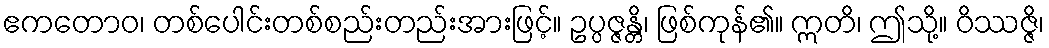
ဧကတောဝ၊ တစ်ပေါင်းတစ်စည်းတည်းအားဖြင့်။ ဥပ္ပဇ္ဇန္တိ၊ ဖြစ်ကုန်၏။ ဣတိ၊ ဤသို့။ ဝိဿဇ္ဇိ၊